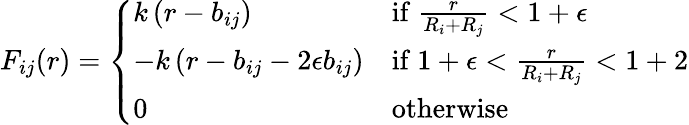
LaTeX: F_{ij}(r)=\left\{ \begin{array}{ll}{k\left(r-b_{ij}\right)}&{\mathrm{if~}\frac{r}{R_{i}+R_{j}}<1+\epsilon}\\ {-k\left(r-b_{ij}-2\epsilon b_{ij}\right)}&{\mathrm{if~}1+\epsilon<\frac{r}{R_{i}+R_{j}}<1+2}\\ {0}&{\mathrm{otherwise}}\end{array}\right.